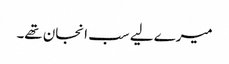
میرے لیے سب انجان تھے۔